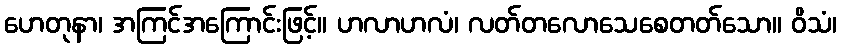
ဟေတုနာ၊ အကြင်အကြောင်းဖြင့်။ ဟလာဟလံ၊ လတ်တလောသေစေတတ်သော။ ဝိသံ၊